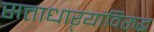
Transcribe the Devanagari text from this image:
सत्ताधाऱ्यांविरुद्ध